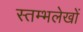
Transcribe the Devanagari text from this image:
स्तम्भलेखों